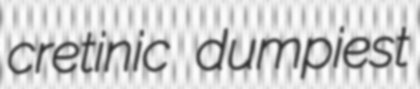
cretinic dumpiest